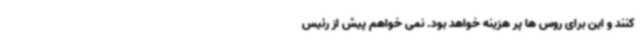
کنند و این برای روس ها پر هزینه خواهد بود. نمی خواهم پیش از رئیس